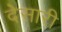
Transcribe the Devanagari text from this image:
देसारी